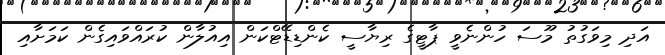
އަދި މިވަގުތު މޫސަ ހުންނެވީ ޕާޓީގެ ރިޔާސީ ކެންޑިޑޭޓްކަން އިއުލާން ކުރައްވައިގެން ކަމަށާއި